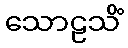
သောဠသိံ